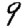
Digit: 9